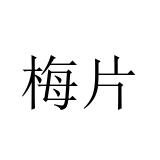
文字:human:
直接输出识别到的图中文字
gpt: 梅片